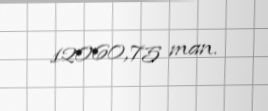
12060,75 man.